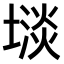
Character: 𫮡